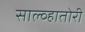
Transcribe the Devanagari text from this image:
साल्व्हातोरी